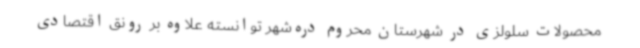
محصولات سلولزی در شهرستان محروم دره‌شهر توانسته علاوه بر رونق اقتصادی